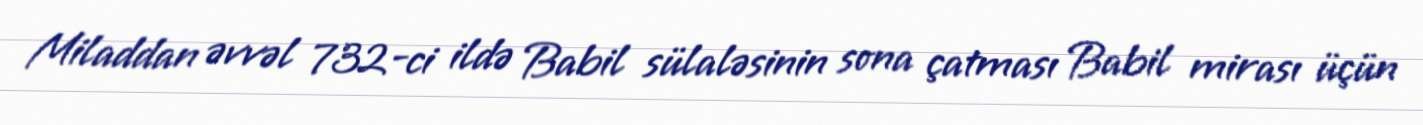
Miladdan əvvəl 732-ci ildə Babil sülaləsinin sona çatması Babil mirası üçün